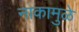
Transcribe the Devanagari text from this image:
नाकामुळे